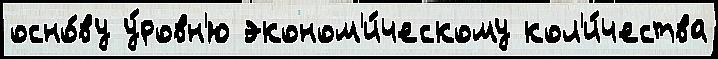
осно́ву у́ровн'ю эконом'и́ческому кол'и́чества